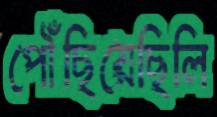
পৌঁছিয়েছিলি